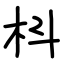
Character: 枓